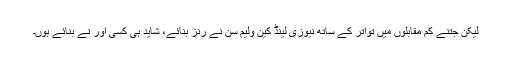
لیکن جتنے کم مقابلوں میں تواتر کے ساتھ نیوزی لینڈ کین ولیم سن نے رنز بنائے، شاید ہی کسی اور نے بنائے ہوں۔